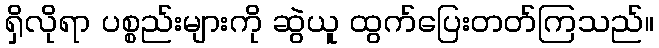
ရှိလိုရာ ပစ္စည်းများကို ဆွဲယူ ထွက်ပြေးတတ်ကြသည်။